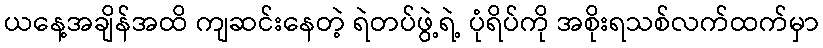
ယနေ့အချိန်အထိ ကျဆင်းနေတဲ့ ရဲတပ်ဖွဲ့ရဲ့ ပုံရိပ်ကို အစိုးရသစ်လက်ထက်မှာ